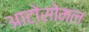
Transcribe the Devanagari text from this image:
आटोसोमल